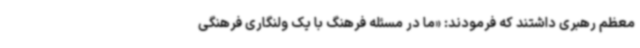
معظم رهبری داشتند که فرمودند: «ما در مسئله فرهنگ با یک ولنگاری فرهنگی